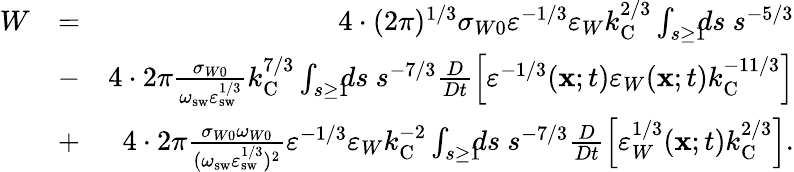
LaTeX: \begin{array}{rlr}{W}&{=}&{4\cdot(2\pi)^{1/3}\sigma_{W0}\varepsilon^{-1/3}\varepsilon_{W}k_{\mathrm{{C}}}^{2/3}\int_{s\ge 1}\! \! \! ds\ s^{-5/3}}\\ &{-}&{4\cdot 2\pi\frac{\sigma_{W0}}{\omega_{\mathrm{sw}}\varepsilon_{\mathrm{{sw}}}^{1/3}}k_{\mathrm{C}}^{7/3}\int_{s\ge 1}\! \! \! ds\ s^{-7/3}\frac{D}{Dt}\left[{\varepsilon^{-1/3}({\mathbf{x}};t)\varepsilon_{W}({\mathbf{x}};t)k_{\mathrm{{C}}}^{-11/3}}\right]}\\ &{+}&{4\cdot 2\pi\frac{\sigma_{W0}\omega_{W0}}{(\omega_{\mathrm{sw}}\varepsilon_{\mathrm{{sw}}}^{1/3})^{2}}\varepsilon^{-1/3}\varepsilon_{W}k_{\mathrm{C}}^{-2}\int_{s\ge 1}\! \! \! ds\ s^{-7/3}\frac{D}{Dt}\left[{\varepsilon_{W}^{1/3}({\mathbf{x}};t)k_{\mathrm{{C}}}^{2/3}}\right].}\end{array}